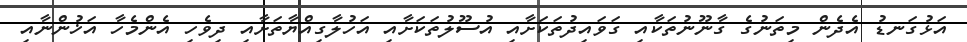
އަޅުގަނޑު އެދެން މިތަނުގެ ގާނޫނުތަކާއި ގަވައިދުތަކަށާއި އުސޫލުތަކަށާއި އަހުލާގިއްޔާތަށާއި ދިވެހި އެންމެހާ އަޚުންނާއި